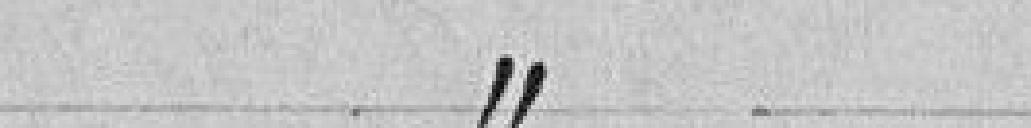
à l'article  12